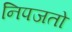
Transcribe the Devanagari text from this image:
निपजतो